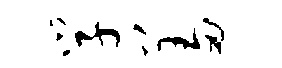
学羞